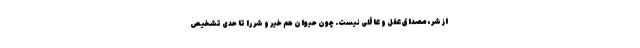
از شر، مصداق عقل و عاقلی نیست. چون حیوان هم خیر و شر را تا حدی تشخیص